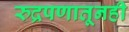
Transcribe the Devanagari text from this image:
रुद्रपणातूनही